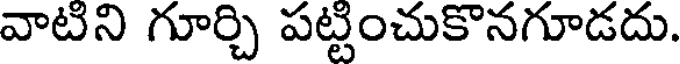
వాటిని గూర్చి పట్టించుకొనగూడదు.